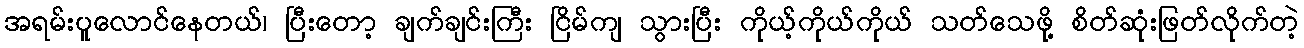
အရမ်းပူလောင်နေတယ်၊ ပြီးတော့ ချက်ချင်းကြီး ငြိမ်ကျ သွားပြီး ကိုယ့်ကိုယ်ကိုယ် သတ်သေဖို့ စိတ်ဆုံးဖြတ်လိုက်တဲ့